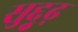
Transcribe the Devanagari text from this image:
सुद्दुृढ़